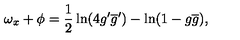
\omega _ { x } + \phi = \frac { 1 } { 2 } \ln ( 4 g ^ { \prime } \overline { { g } } ^ { \prime } ) - \ln ( 1 - g \overline { { g } } ) ,